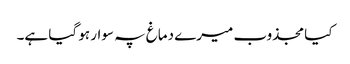
کیا مجذوب میرے دماغ پہ سوار ہو گیا ہے۔